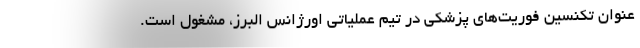
عنوان تکنسین فوریت‌های پزشکی در تیم عملیاتی اورژانس البرز، مشغول است.